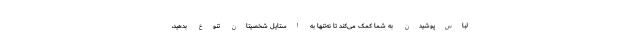
لباس‌پوشیدن به شما کمک می‌کند تا نه‌تنها به استایل شخصیتان تنوع بدهید،